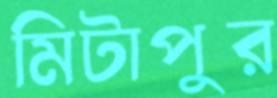
মিটাপুর